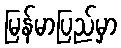
မြန်မာပြည်မှာ